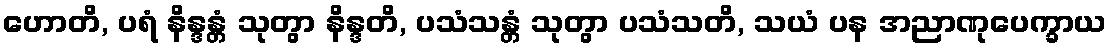
ဟောတိ, ပရံ နိန္ဒန္တံ သုတွာ နိန္ဒတိ, ပသံသန္တံ သုတွာ ပသံသတိ, သယံ ပန အညာဏုပေက္ခာယ